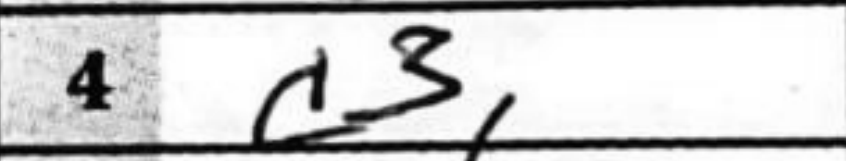
Transcription: c3